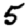
Digit: 5